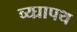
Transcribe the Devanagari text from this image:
व्य्घ्रापथ